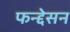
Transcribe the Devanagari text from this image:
फन्द्देसन